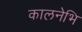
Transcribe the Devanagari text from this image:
कालनेभि